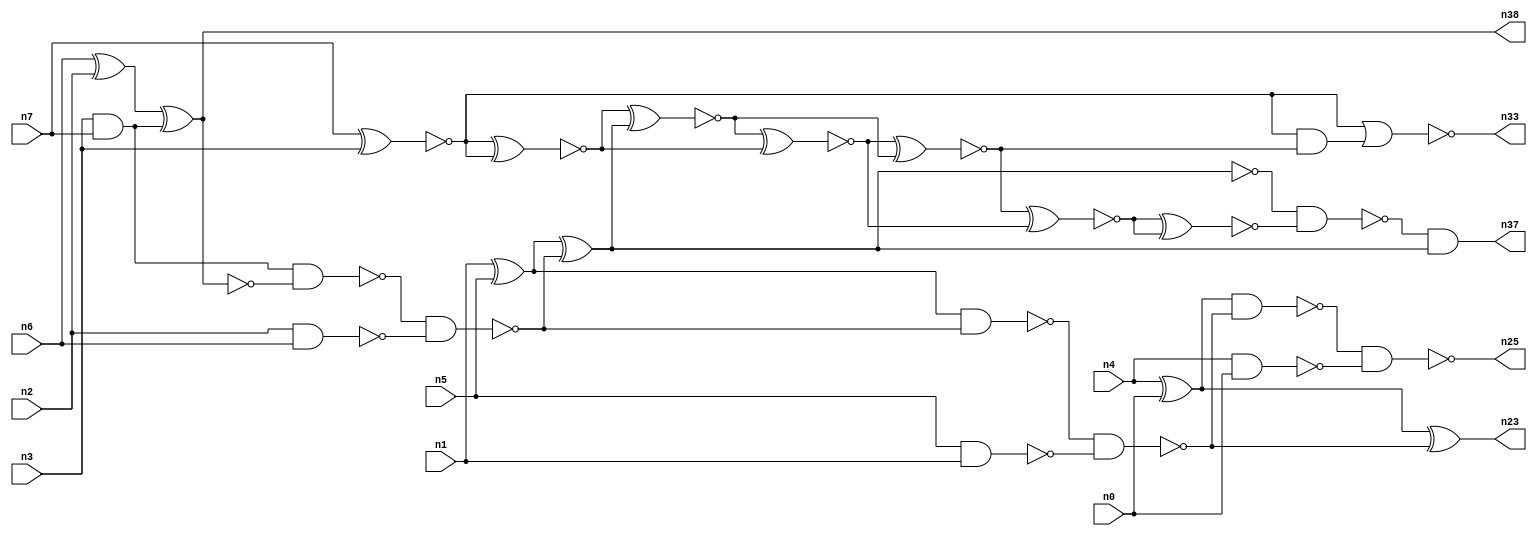
// This file contains a pareto-optimal circuit with respect to area and the fault-resilince parameter p_fault which is defined as:
// "For all input vectors, the ratio of the no. of faults observable at the POs to the no. of total possible faults in the circuit".
// This code is part of the ReCkt library (https://github.com/umar-afzaal/ReCkt) distributed under The MIT License.
// When used, please cite the following article(s):
// U. Afzaal, A.S. Hassan, M. Usman and J.A. Lee, "On the Evolutionary Synthesis of Increased Fault-resilience Arithmetic Circuits".

// p_fault = 67.4 %    (Lower is better)
// gates = 29.0
// levels = 13
// area = 39.93    (For MCNC library relative to nand2)
// power = 205.2 uW    (Berkely-SIS for MCNC library @ Vdd=5V and 20 MHz clock)
// delay = 22.5 ns    (Berkely-ABC for MCNC library)
// PDP = 4.617e-12 J

// Pin mapping:
// {n0, n1, n2, n3} = A[3:0]
// {n4, n5, n6, n7} = B[3:0]
// {n25, n23, n37, n38, n33} = O[4:0]

module addr4u_area_18 (
n0, n1, n2, n3, n4, n5, n6, n7, 
n25, n23, n37, n38, n33
);

input n0, n1, n2, n3, n4, n5, n6, n7;
output n25, n23, n37, n38, n33;
wire n29, n13, n18, n30, n24, n20, n9, n14, n16, n35, n22, n8, n15, n32, n10, n31, n26, n19, n21, n27, 
n11, n28, n12, n17;

and (n8, n3, n7);
xor (n9, n6, n2);
xor (n10, n1, n5);
nand (n11, n5, n1);
nand (n12, n4, n0);
nand (n13, n2, n6);
xnor (n14, n7, n3);
xor (n15, n4, n0);
xnor (n16, n9, n8);
nand (n17, n8, n16);
xnor (n18, n14, n14);
nand (n19, n17, n13);
nand (n20, n10, n19);
xnor (n21, n10, n19);
nand (n22, n20, n11);
xor (n23, n15, n22);
nand (n24, n15, n22);
nand (n25, n24, n12);
nand (n26, n21, n21);
xnor (n27, n18, n26);
xnor (n28, n27, n18);
xnor (n29, n28, n27);
xnor (n30, n29, n28);
and (n31, n14, n29);
xnor (n32, n30, n30);
nor (n33, n14, n31);
nand (n35, n21, n32);
and (n37, n35, n26);
nand (n38, n16, n16);

endmodule